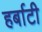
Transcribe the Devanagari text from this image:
हर्बाटी